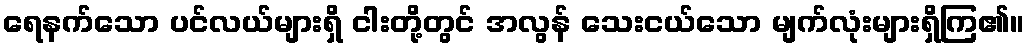
ရေနက်သော ပင်လယ်များရှိ ငါးတို့တွင် အလွန် သေးငယ်သော မျက်လုံးများရှိကြ၏။